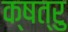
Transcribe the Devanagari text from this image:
क्षत्रु